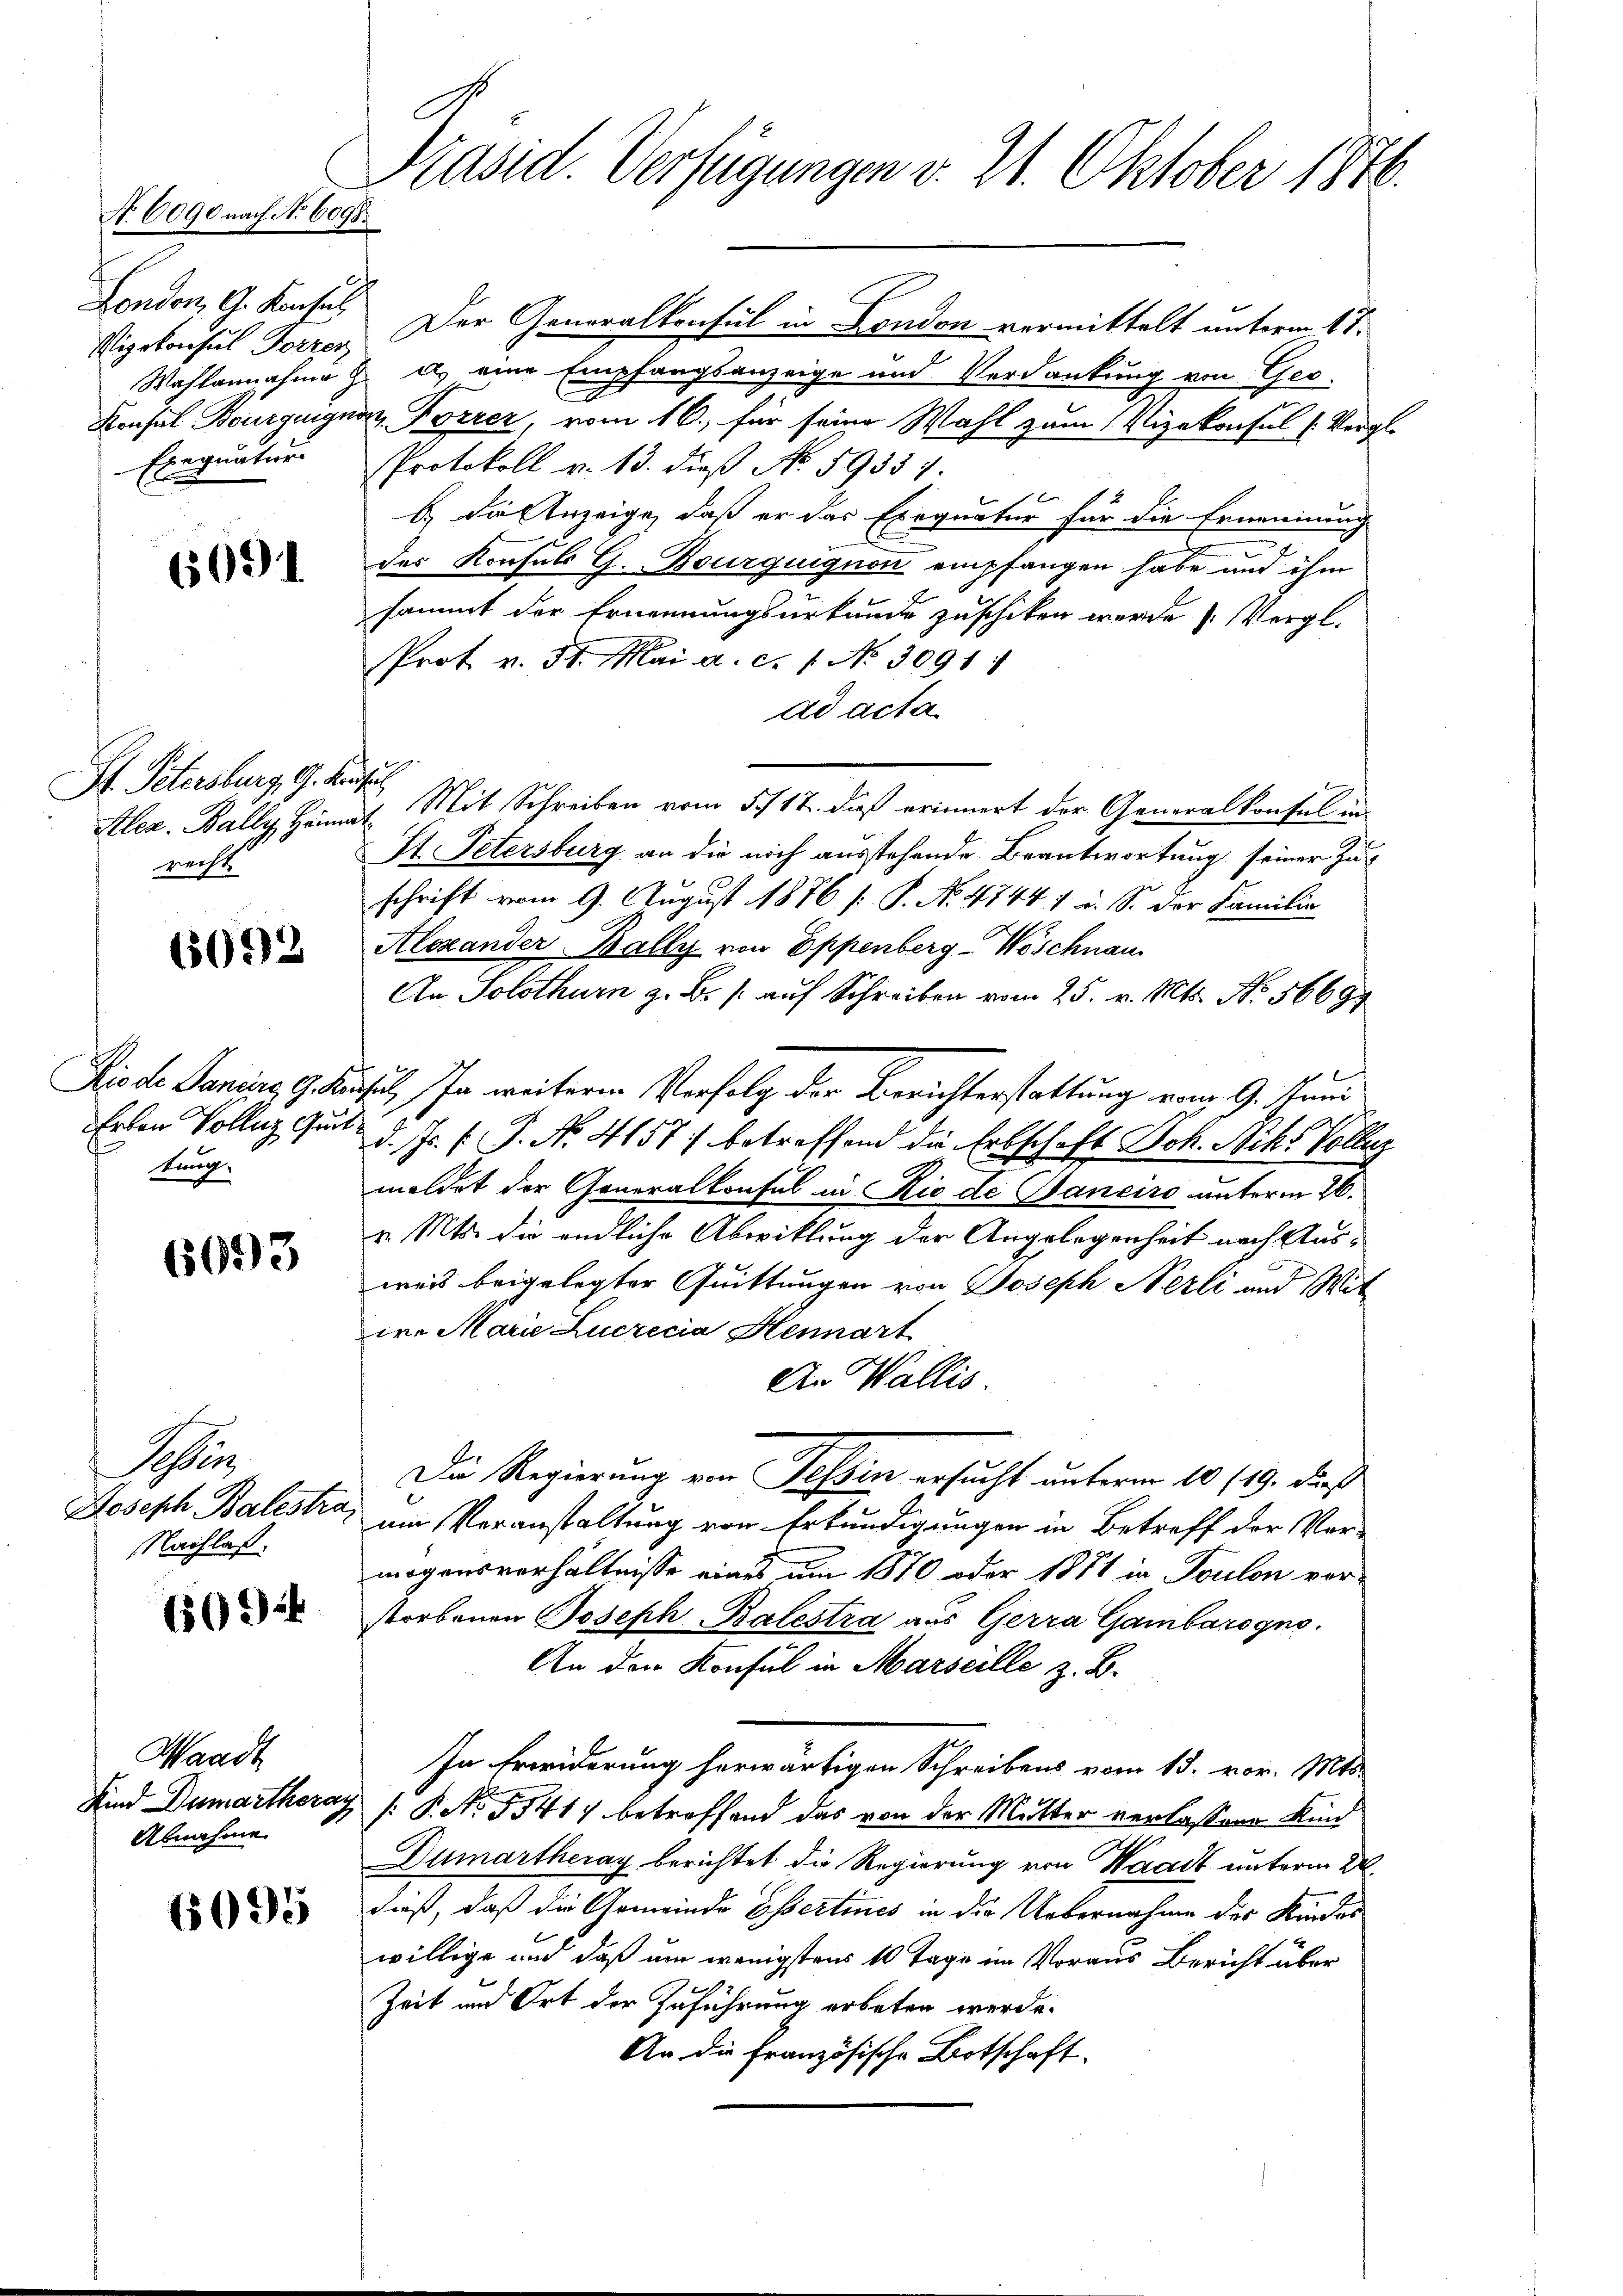
Vizekonsul Forrer

Präsid. Verfügungen v. 21. Oktober 1846.
No. 6090 nach No 6098.

609

P. Petersburg, G. Konsul
recht

6093

tung.

6093

Se
Nachlaß.

650. 44

Waadt
Abnahme.

6095

London, G. Konses. Der Generalkonsul in London vermittelt unterm 17.
Wahlannahme z. d. eine Empfangsanzeige und Verdankung von Geo-
Konsul Bourguignon, Forrer vom 16., für seine Wahl zum Vizekonsul (Vergl.
Exequatur. Protokoll v. 13. dieß No. 59357.
b.) Die Anzeige, daß er das Exequatur für die Ernennung
des Konsuls G. Bourquignon empfangen habe und ihm
sammt der Ernennungsurkunde zu schiken werde. (Vergl.
Prot v. 31. Mai a. c. 1. No 3091:
ad acta
Aler. Bally, Heimat. Mit Schreiben vom 5./12. daß erinnert der Generalkonsul in
St. Petersburg an die mich ausstehende Beantwortung seiner Zuschrift vom 9. August 1876 [: P. No. 4744 1 u. S. der Familie
Alexander Bally von Eppenberg-Woschnau
An Solothurn z. B. /: auf Schreiben vom 25. v. Mts. No. 56699
Dis de Janina G. Kusal, In weitere Verfolg der Berichterstattung vom 9. Juni
Erlen Volleg gut d. Js. f. P. Nr. 4157) betreffend die Erbschaft Joh. Achs Volleg
meldet der Generalkonsul in Rio de Banciro unterm 26.
v. Mts. die endliche Abwicklung der Angelegenheit nach Ausweis beigelegter Quittungen von Joseph Nerli und Wit
we Marie Zuczicia Hennart
An Wallis.
Die Regierung von Tessin ersucht unterm 10 119. dieß
Joseph Balestra, am Veranstaltung von Erkundigungen in Betreff der Ver-
mögensverhältnisse eines um 1870 oder 1871 in Toulon vor-
storbenen Joseph Balestra aus Gerra Gambarogno
An den Konsul in Marseille z. B.
In Erwiderung herwärtigen Schreibens vom 15. vor. Mts.
Kind Dumartheray /: P. No. 5541) betreffend das von der Mutter verlassen Kind
Dumartheray berichtet die Regierung von Waadt unterm 22.
dieß, daß die Gemeinde Esertines in die Uebernahme des Kandes
willige und daß um wenigstens 10 Tage im Voraus Bericht über
Zeit und Ort der Zuführung erbeten werde.
An die Französische Botschaft.